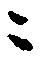
ニ